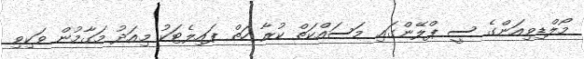
މޯލްޑިވިއަންގެ ސީ ޕްލޭންގައި މަސައްކަތް ކުރާ ހަތް ޕައިލެޓަކު މިއަދު މަގާމުން ވަކިވި